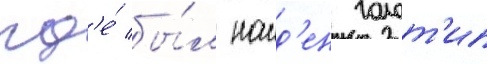
гд'е́ бы́л наид'ен голот'ип